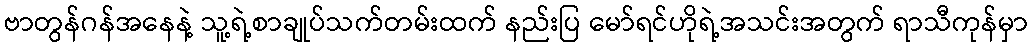
ဗာတွန်ဂန်အနေနဲ့ သူ့ရဲ့စာချုပ်သက်တမ်းထက် နည်းပြ မော်ရင်ဟိုရဲ့အသင်းအတွက် ရာသီကုန်မှာ